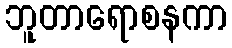
ဘူတာရောစနကာ